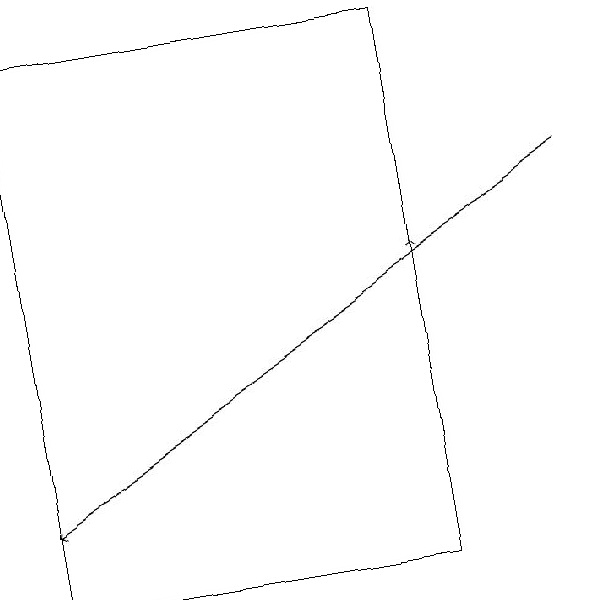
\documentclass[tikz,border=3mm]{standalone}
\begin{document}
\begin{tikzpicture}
\draw[->] (7,16) -- (0,12);
\draw[->] (5,14) -- (5,15);
\draw (5,18) rectangle (0,11);
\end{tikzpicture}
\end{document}